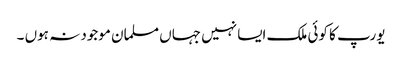
یورپ کا کوئی ملک ایسا نہیں جہاں مسلمان موجود نہ ہوں ۔